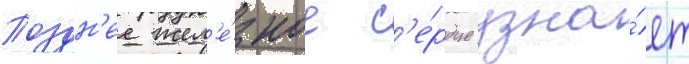
Поздн'ее жел'е́зное с'е́рдце узна́ет